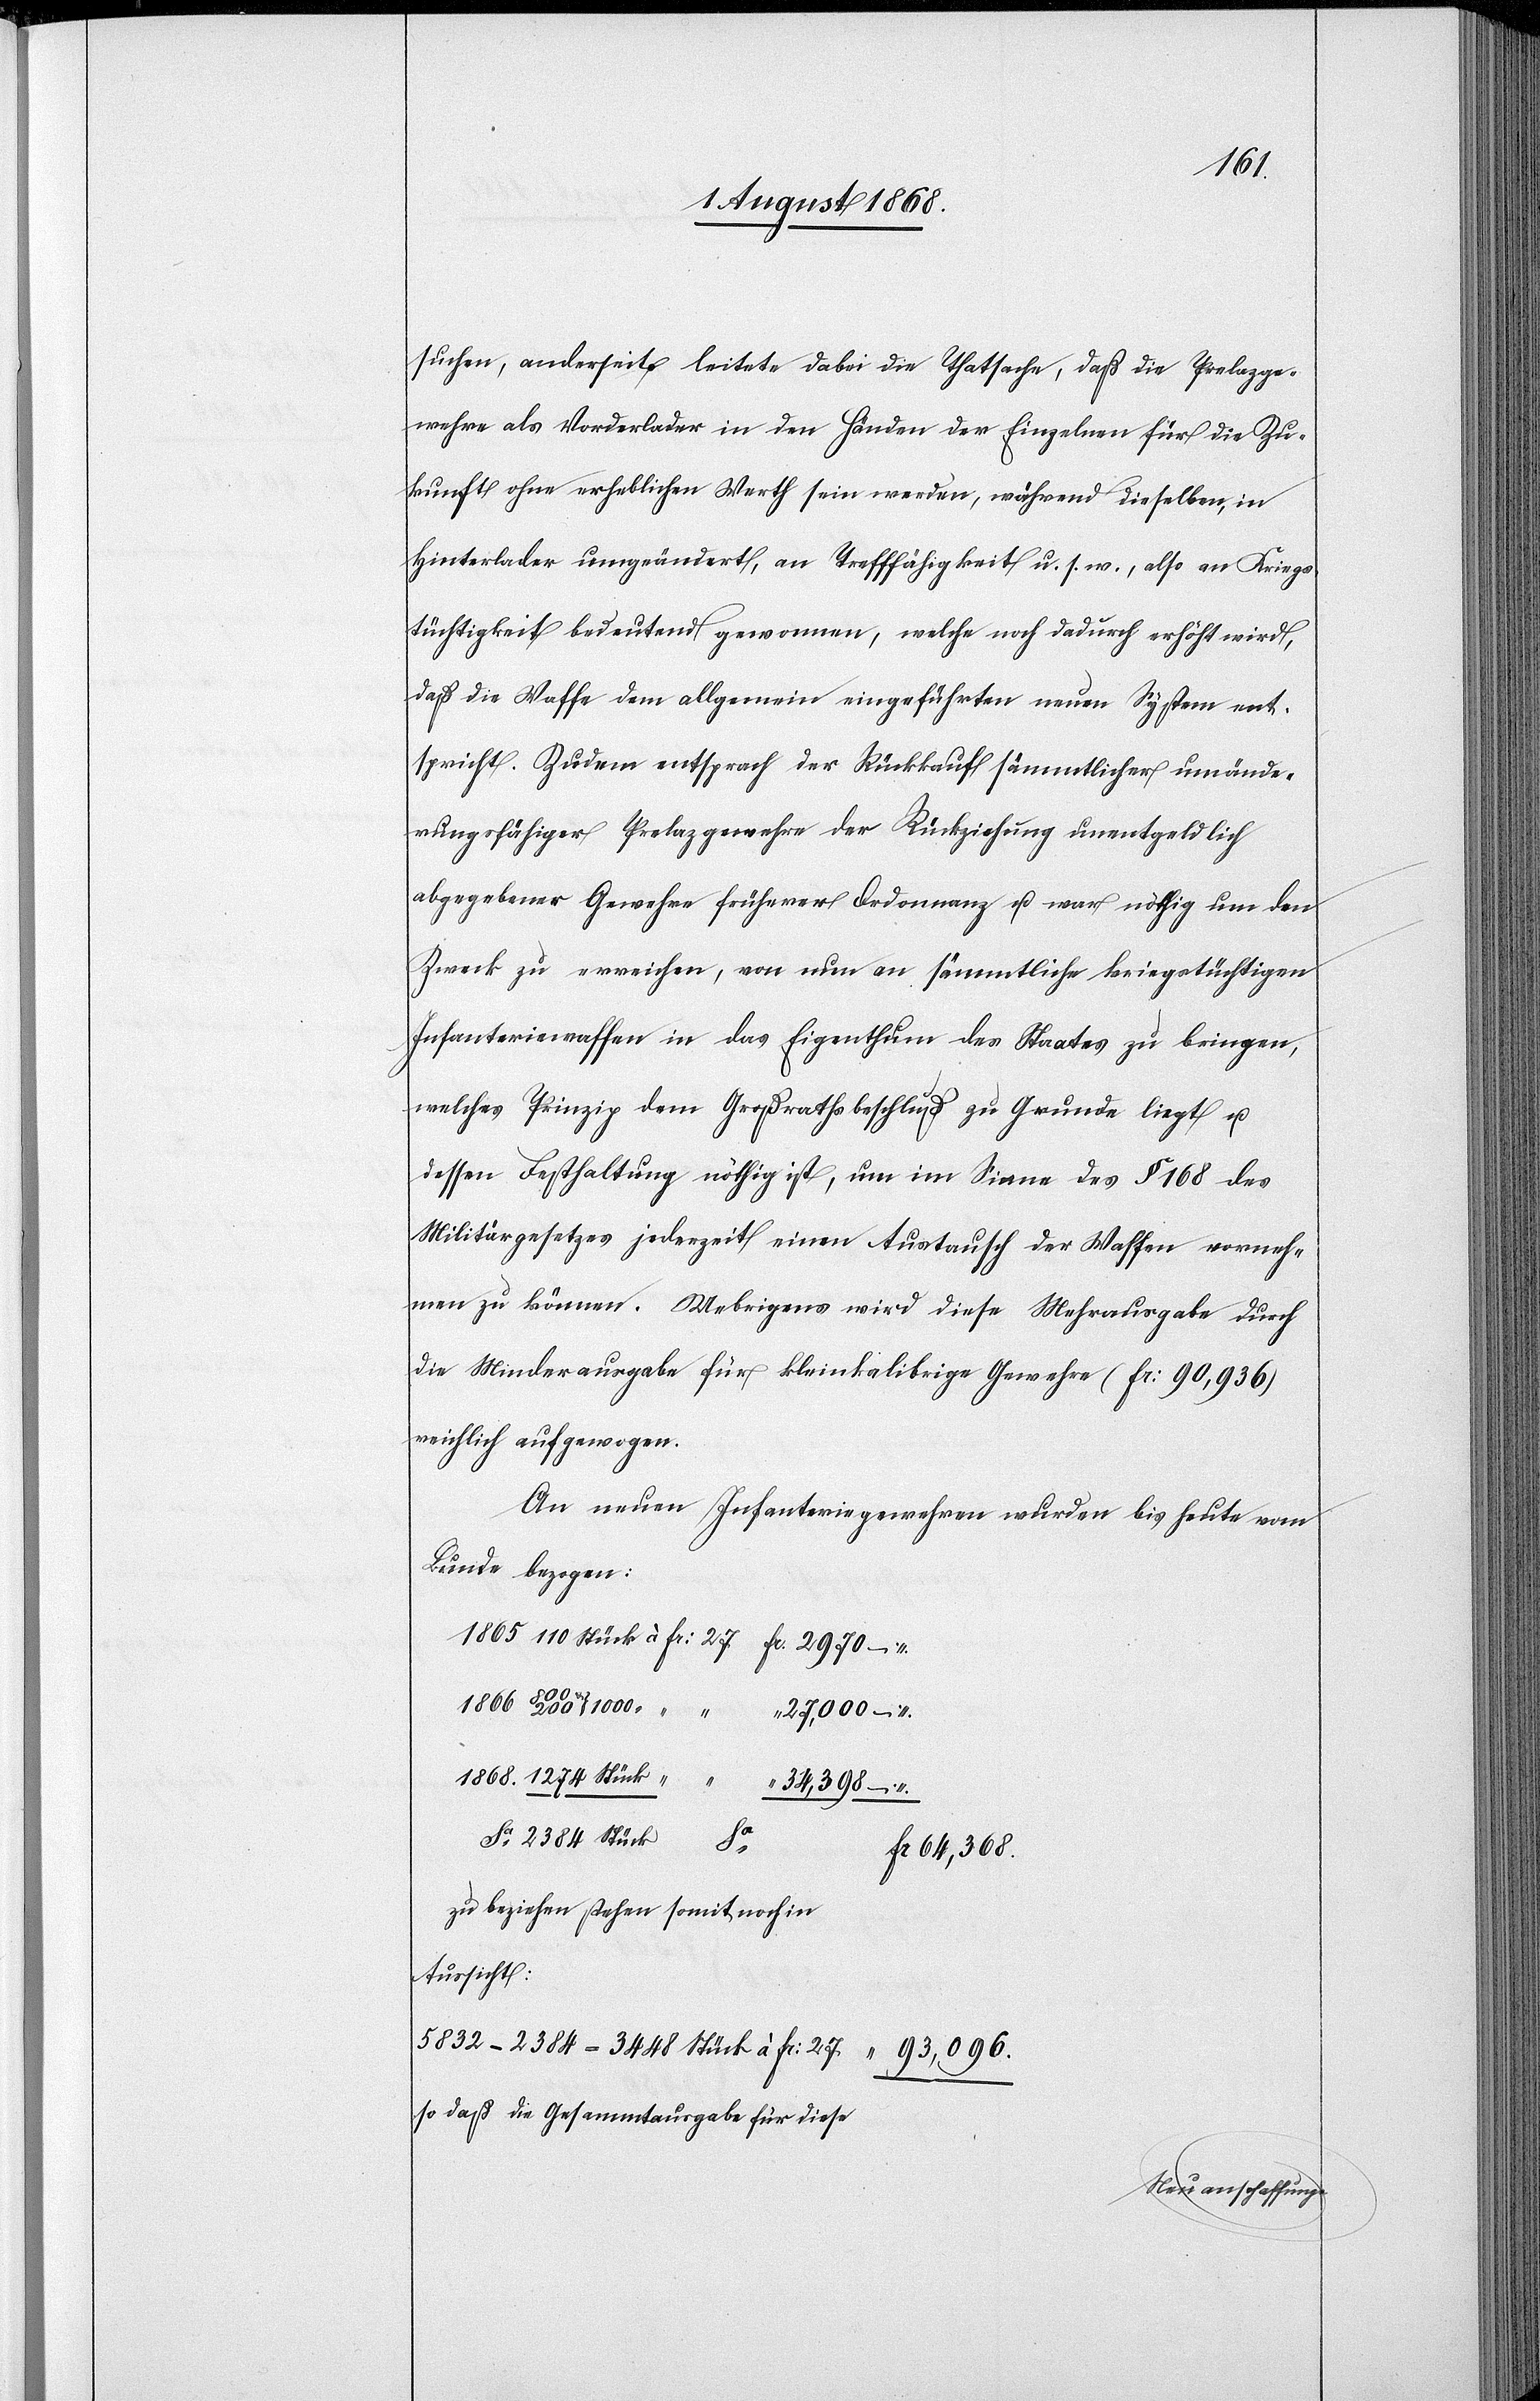
1868
suchen, anderseits leitete dabei die Thatsache, daß die Prelazge¬
wehre als Vorderlader in den Händen der Einzelnen für die Zu¬
kunft ohne erheblichen Werth sein werden, während dieselben, in
Hinterlader umgeändert, an Trefffähigkeit u. s. w., also an Kriegs¬
tüchtigkeit bedeutend gewonnen, welche noch dadurch erhöht wird,
daß die Waffe dem allgemein eingeführten neuen System ent¬
spricht. Zudem entsprach der Rückkauf sämmtlicher umände¬
rungsfähiger Prelazgewehre der Rückziehung unentgeldlich
abgegebener Gewehre früherer Ordonnanz u. war nöthig um den
Zweck zu erreichen, von nun an sämmtliche kriegstüchtigen
Infanteriewaffen in das Eigenthum des Staates zu bringen,
welches Prinzip dem Großrathsbeschluß zu Grunde liegt u.
dessen Festhaltung nöthig ist, um im Sinne des § 168 des
Militärgesetzes jederzeit einen Austausch der Waffen vorneh¬
men zu können. Uebrigens wird diese Mehrausgabe durch
die Minderausgabe für kleinkalibrige Gewehre (Fr: 90,936)
reichlich aufgewogen.
An neuen Infanteriegewehren wurden bis heute vom
Bunde bezogen:
27,000 –
34,398 –
Fr: 64,368.
zu beziehen stehen somit noch in
Aussicht:
5832–2384 = 3448 Stück à Fr: 27
93,096.
so daß die Gesammtausgabe für diese